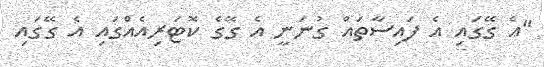
"އެ ގޭގައި އެ ފައިސާތައް ގުނަނީ އެ ގޭގެ ކޮޓަރިއެެއްގައި އެ ގޭގައި